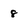
Character: 8